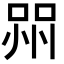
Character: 喌